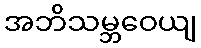
အဘိသမ္ဘဝေယျ